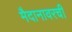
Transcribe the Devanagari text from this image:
मैदानावरची